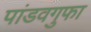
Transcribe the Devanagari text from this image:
पांडवगुफा